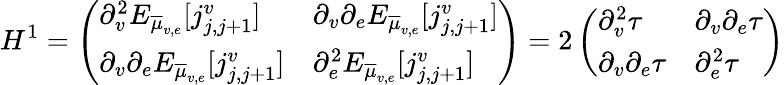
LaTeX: H^{1}=\left(\begin{array}{ll}{\partial_{v}^{2}E_{\overline{{\mu}}_{v,e}}[j_{j,j+1}^{v}]}&{\partial_{v}\partial_{e}E_{\overline{{\mu}}_{v,e}}[j_{j,j+1}^{v}]}\\ {\partial_{v}\partial_{e}E_{\overline{{\mu}}_{v,e}}[j_{j,j+1}^{v}]}&{\partial_{e}^{2}E_{\overline{{\mu}}_{v,e}}[j_{j,j+1}^{v}]}\end{array}\right)=2\left(\begin{array}{ll}{\partial_{v}^{2}\tau}&{\partial_{v}\partial_{e}\tau}\\ {\partial_{v}\partial_{e}\tau}&{\partial_{e}^{2}\tau}\end{array}\right)